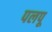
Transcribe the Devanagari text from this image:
पलपू